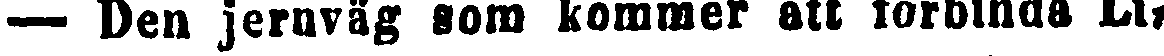
— Den jernväg som kommer att förbinda Lir